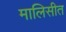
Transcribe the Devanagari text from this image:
मालिसीत